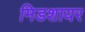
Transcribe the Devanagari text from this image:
मिडशायर